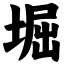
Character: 堀